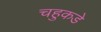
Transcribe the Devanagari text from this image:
चहुकडे